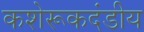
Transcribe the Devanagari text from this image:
कशेरूकदंडीय